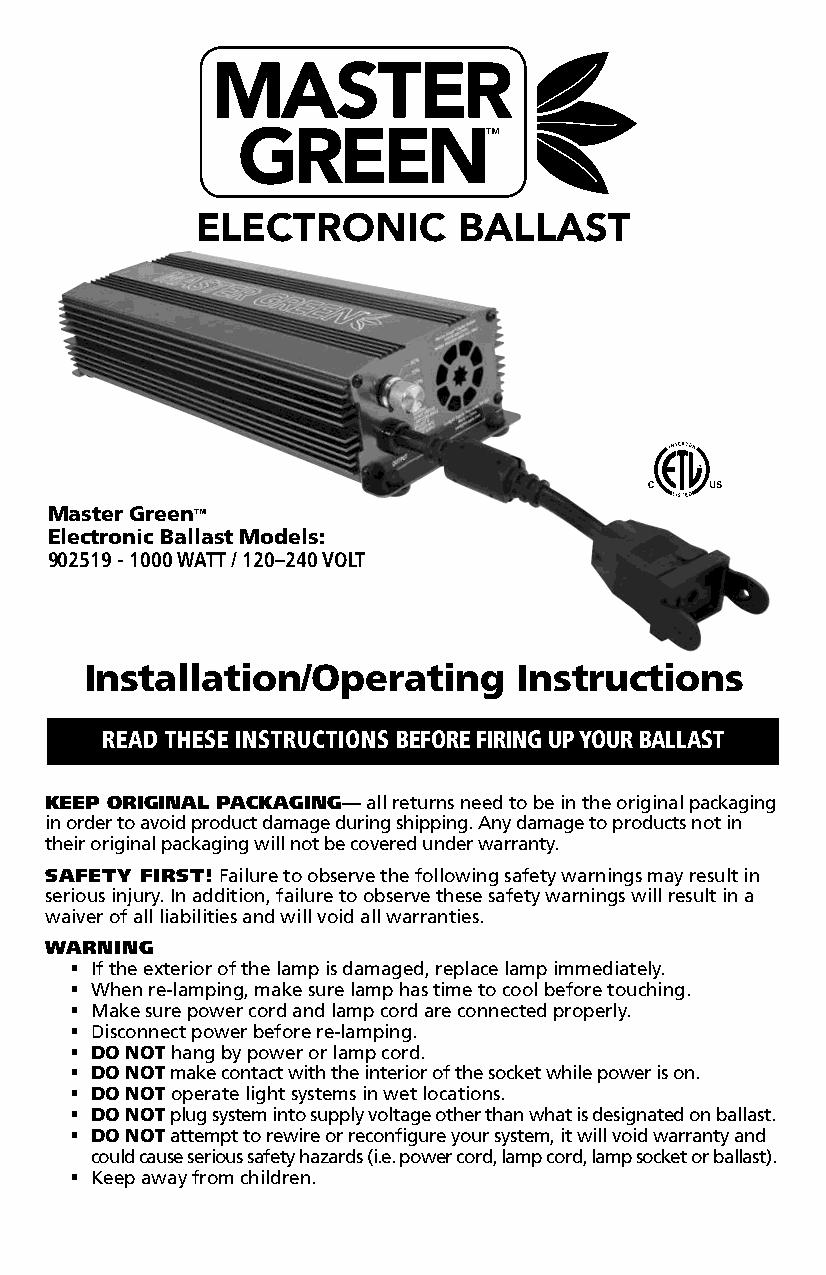
RETURNING UNITS Please contact your retail store for returns.
 MASTER
 WARRANTY This unit, when properly used will provide you with years of service.
 It is covered under a 2 year warranty. This warranty will be voided if the unit is
 misused, abused or altered. Warranty repair or replacement will be at the sole ™
 discretion of the manufacturer. Defective units need to be returned to the place of GREEN
 purchase with proof of purchase/receipt.
 This warranty is expressly in lieu of all other warranties, expressed or implied,
 ELECTRONIC       BALLAST
 including the warranties of merchantability and fitness for use and of all other
 obligations or liabilities on the part of the seller. This warranty shall not apply
 to this product or any part thereof which has been damaged by accident, abuse,
 misuse, modification, negligence, alteration or misapplication. Manufacturer
 makes no warranty whatsoever in respect to accessories or parts not supplied by
 manufacturer. This warranty shall apply only to the United States, including Alaska,
 Hawaii and territories of the United States and Canada. This warranty does not
 cover labor, materials, travel time, equipment, etc. to de-install and install any
 lighting fixtures or other equipment.
 This product may cause interference to radio equipment and
 should not be installed near maritime safety communications
 Advisory statement
 equipment or other critical navigation or communication
 equipment operating between 0.45-30 MHz. Master Green™
 Electronic Ballast Models:
 The interference potential The interference potential of the device or system is the
 902519 - 1000 WATT / 120–240 VOLT
 of the device or system operating frequency; 105 kHz.
 Maintenance of the system Unplug the unit, wait 30 seconds, and plug the unit back in.
 Simple measures that can be taken Move the unit away from any radio device.
 by the user to correct interference
 Installation/Operating      Instructions
  This product contains delicate electronic components. This means that if it is
 placed near an object that transmits radio signals, it could cause interference.
 READ THESE INSTRUCTIONS BEFORE FIRING UP YOUR BALLAST
 This could be, for example, mobile telephones, walkie talkies, CB radios, remote
 controls and microwaves. If interference occurs, move such objects away from
 the appliance.
 KEEP ORIGINAL PACKAGING— all returns need to be in the original packaging
 in order to avoid product damage during shipping. Any damage to products not in
 their original packaging will not be covered under warranty.
 SAFETY FIRST! Failure to observe the following safety warnings may result in
 serious injury. In addition, failure to observe these safety warnings will result in a
 waiver of all liabilities and will void all warranties.
 WARNING
  If the exterior of the lamp is damaged, replace lamp immediately.
  When re-lamping, make sure lamp has time to cool before touching.
  Make sure power cord and lamp cord are connected properly.
  Disconnect power before re-lamping.
  DO NOT hang by power or lamp cord.
  DO NOT make contact with the interior of the socket while power is on.
  DO NOT operate light systems in wet locations.
  DO NOT plug system into supply voltage other than what is designated on ballast.
  DO NOT attempt to rewire or reconfigure your system, it will void warranty and
 could cause serious safety hazards (i.e. power cord, lamp cord, lamp socket or ballast).
  Keep away from children.
 © 2018 Sunlight Supply - 06012018-BV